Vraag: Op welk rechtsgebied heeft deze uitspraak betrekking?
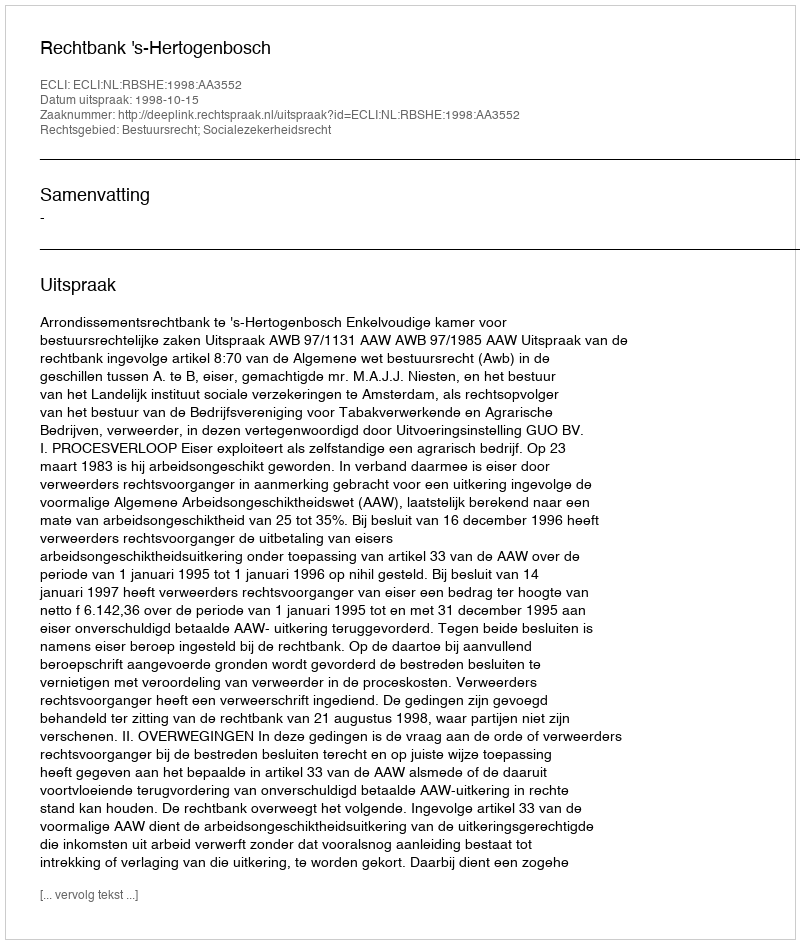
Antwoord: Bestuursrecht; Socialezekerheidsrecht